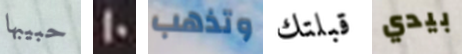
حبيبها 10 وتذهب قبلتك بيدي